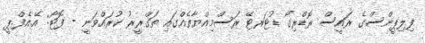
ފިލިޕީންސްގެ ރައީސް ރޮޑްރިގޯ ޑުޓަރޓޭ ރަސްމިއްޔާތެއްގައި ތަގްރީރު ކުރައްވަނީ - ފޮޓޯ: އޭ.އެފް.ޕީ